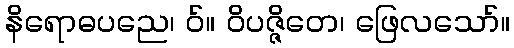
နိရောဓပညေ၊ ဝ်။ ဝိပဇ္ဇိတေ၊ ဖြေလသော်။